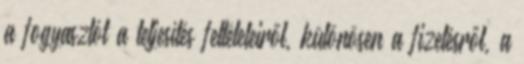
a fogyasztót a teljesítés feltételeiről, különösen a fizetésről, a